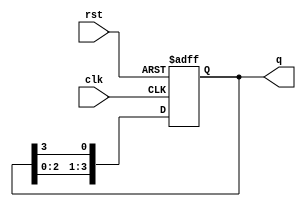
module ring_counter (
    input wire clk,          // Clock signal
    input wire rst,          // Asynchronous reset signal
    output reg [N-1:0] q     // Output state of the counter
);
    parameter N = 4;         // Number of bits in the counter (can be changed)

    // Initial state for the counter
    initial begin
        q = 1'b1;            // Initialize to '1000' for N=4
    end

    always @(posedge clk or posedge rst) begin
        if (rst) begin
            q <= 1'b1;       // Reset to '1000'
        end else begin
            // Shift the state in a ring fashion
            q <= {q[N-2:0], q[N-1]}; // Shift left and wrap around
        end
    end
endmodule